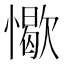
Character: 𢢚